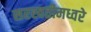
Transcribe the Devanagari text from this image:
सरस्वतीमध्वरे